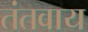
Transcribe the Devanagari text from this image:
तंतवाय